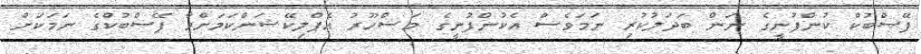
ފޭސްބުކް ކުންފުނީގެ ނަން ބަދަލުކުރި ނަމަވެސް އެކުންފުނީގެ މަޝްހޫރު އެޕްލިކޭޝަންކަމަށްވާ ފޭސްބުކްގެ ނަމަކަށް